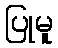
ပြုမူ